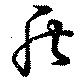
盾